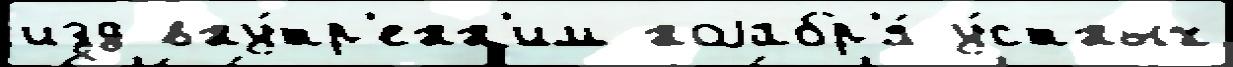
изд вну́тр'енн'им ноjабр'я́ у́стных